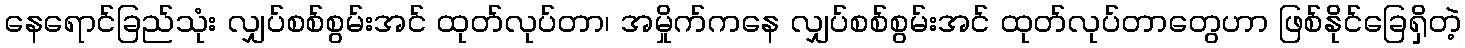
နေရောင်ခြည်သုံး လျှပ်စစ်စွမ်းအင် ထုတ်လုပ်တာ၊ အမှိုက်ကနေ လျှပ်စစ်စွမ်းအင် ထုတ်လုပ်တာတွေဟာ ဖြစ်နိုင်ခြေရှိတဲ့